Plague in India, 1896, 1897 - Volume 1
Year: 1896
Disease focus: Plague
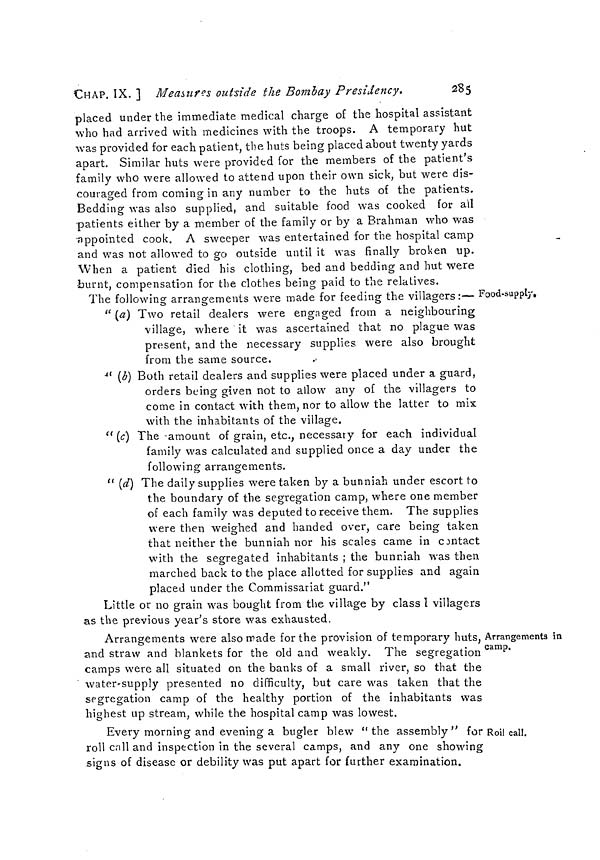
CHAP. IX. ] Measures outside the Bombay Presidency.
285
placed under the immediate medical charge of the hospital assistant
who had arrived with medicines with the troops. A temporary hut
was provided for each patient, the huts being placed about twenty yards
apart. Similar huts were provided for the members of the patient's
family who were allowed to attend upon their own sick, but were dis-
couraged from coming in any number to the huts of the patients.
Bedding was also supplied, and suitable food was cooked for all
patients either by a member of the family or by a Brahman who was
•appointed cook. A sweeper was entertained for the hospital camp
and was not allowed to go outside until it was finally broken up.
When a patient died his clothing, bed and bedding and hut were
burnt, compensation for the clothes being paid to the relatives.
Food-supply,
The following arrangements were made for feeding the villagers :—
" (a) Two retail dealers were engaged from a neighbouring
village, where it was ascertained that no plague was
present, and the necessary supplies were also brought
from the same source.
" (b) Both retail dealers and supplies were placed under a guard,
orders being given not to allow any of the villagers to
come in contact with them, nor to allow the latter to mix
with the inhabitants of the village.
" (c) The amount of grain, etc., necessary for each individual
family was calculated and supplied once a day under the
following arrangements.
" (d) The daily supplies were taken by a bunniah under escort to
the boundary of the segregation camp, where one member
of each family was deputed to receive them. The supplies
were then weighed and handed over, care being taken
that neither the bunniah nor his scales came in contact
with the segregated inhabitants ; the bunniah was then
marched back to the place allotted for supplies and again
placed under the Commissariat guard."
Little or no grain was bought from the village by class I villagers
as the previous year's store was exhausted.
Arrangements in
camp.
Arrangements were also made for the provision of temporary huts,
and straw and blankets for the old and weakly. The segregation
camps were all situated on the banks of a small river, so that the
water-supply presented no difficulty, but care was taken that the
segregation camp of the healthy portion of the inhabitants was
highest up stream, while the hospital camp was lowest.
Roil call.
Every morning and evening a bugler blew " the assembly " for
roll call and inspection in the several camps, and any one showing
signs of disease or debility was put apart for further examination.